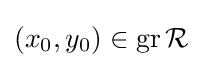
(x_{0},y_{0})\in \operatorname {gr} {\mathcal {R}}